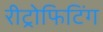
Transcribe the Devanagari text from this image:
रीट्रोफिटिंग